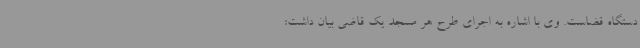
دستگاه قضاست. وی با اشاره به اجرای طرح هر مسجد یک قاضی بیان داشت: